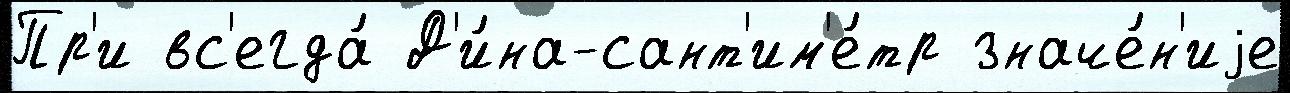
Пр'и вс'егда́ Д'и́на-сант'им'е́тр значе́н'иjе